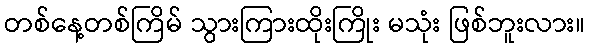
တစ်နေ့တစ်ကြိမ် သွားကြားထိုးကြိုး မသုံး ဖြစ်ဘူးလား။